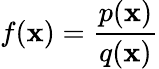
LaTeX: f(\mathbf{x})={\frac{{p(\mathbf{x})}}{{q(\mathbf{x})}}}